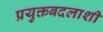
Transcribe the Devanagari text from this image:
प्रयुक्तबदलाशी